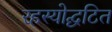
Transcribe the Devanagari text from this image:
रहस्योद्घटित